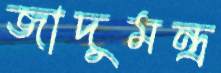
জাদুমন্ত্র